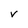
Character: v